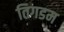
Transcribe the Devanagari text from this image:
तिगडम